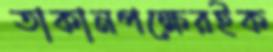
তাকানপক্ষেরইক